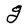
Character: g